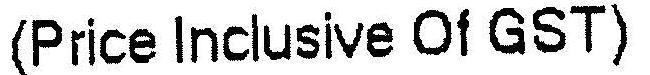
(PRICE INCLUSIVE OF GST)